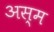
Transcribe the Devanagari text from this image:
अस्म